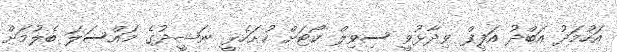
އަހުމަދު އަބްދު އަފީފް ވިދާޅުވީ ސިވިލް ކޯޓަށް ހުށަހެޅީ ނަޝީދުގެ މައްސަލަ ބެލުމަށް